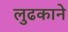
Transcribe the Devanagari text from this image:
लुढकाने